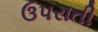
ઉપરાતી